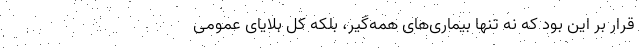
قرار بر این بود که نه تنها بیماری‌های همه‌گیر، بلکه کل بلایای عمومی